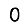
Digit: 0